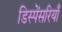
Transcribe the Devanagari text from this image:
डिस्पेंसरियाँ